Report on plague in the Punjab from October 1st ... to September 30th ..., being the ... season of plague in the province
Disease focus: Plague
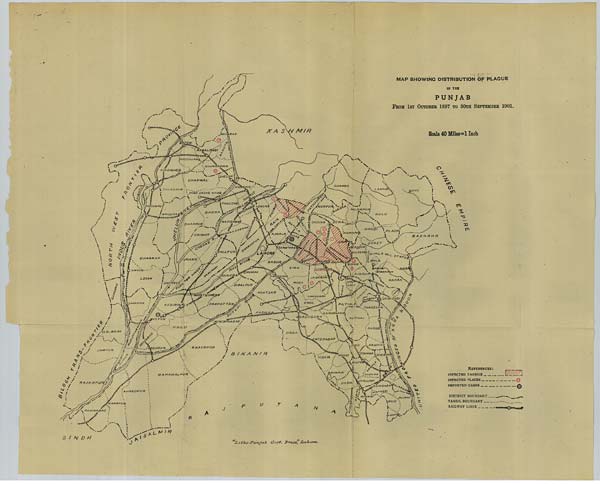
MAP SHOWING DISTRIBUTION OF PLAGUE
IN THE
PUNJAB
FROH 1ST OCTOBER 1897 TO 30TH SEPTEMBER 1901.
Scale 40 Miles = 1 Inch